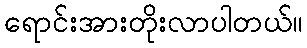
ရောင်းအားတိုးလာပါတယ်။